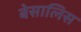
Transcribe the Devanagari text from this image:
बेसालिस